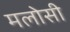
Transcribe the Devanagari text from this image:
मलोसी